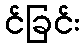
င်ခြင်း